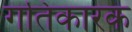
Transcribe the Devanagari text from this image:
गतिकारक